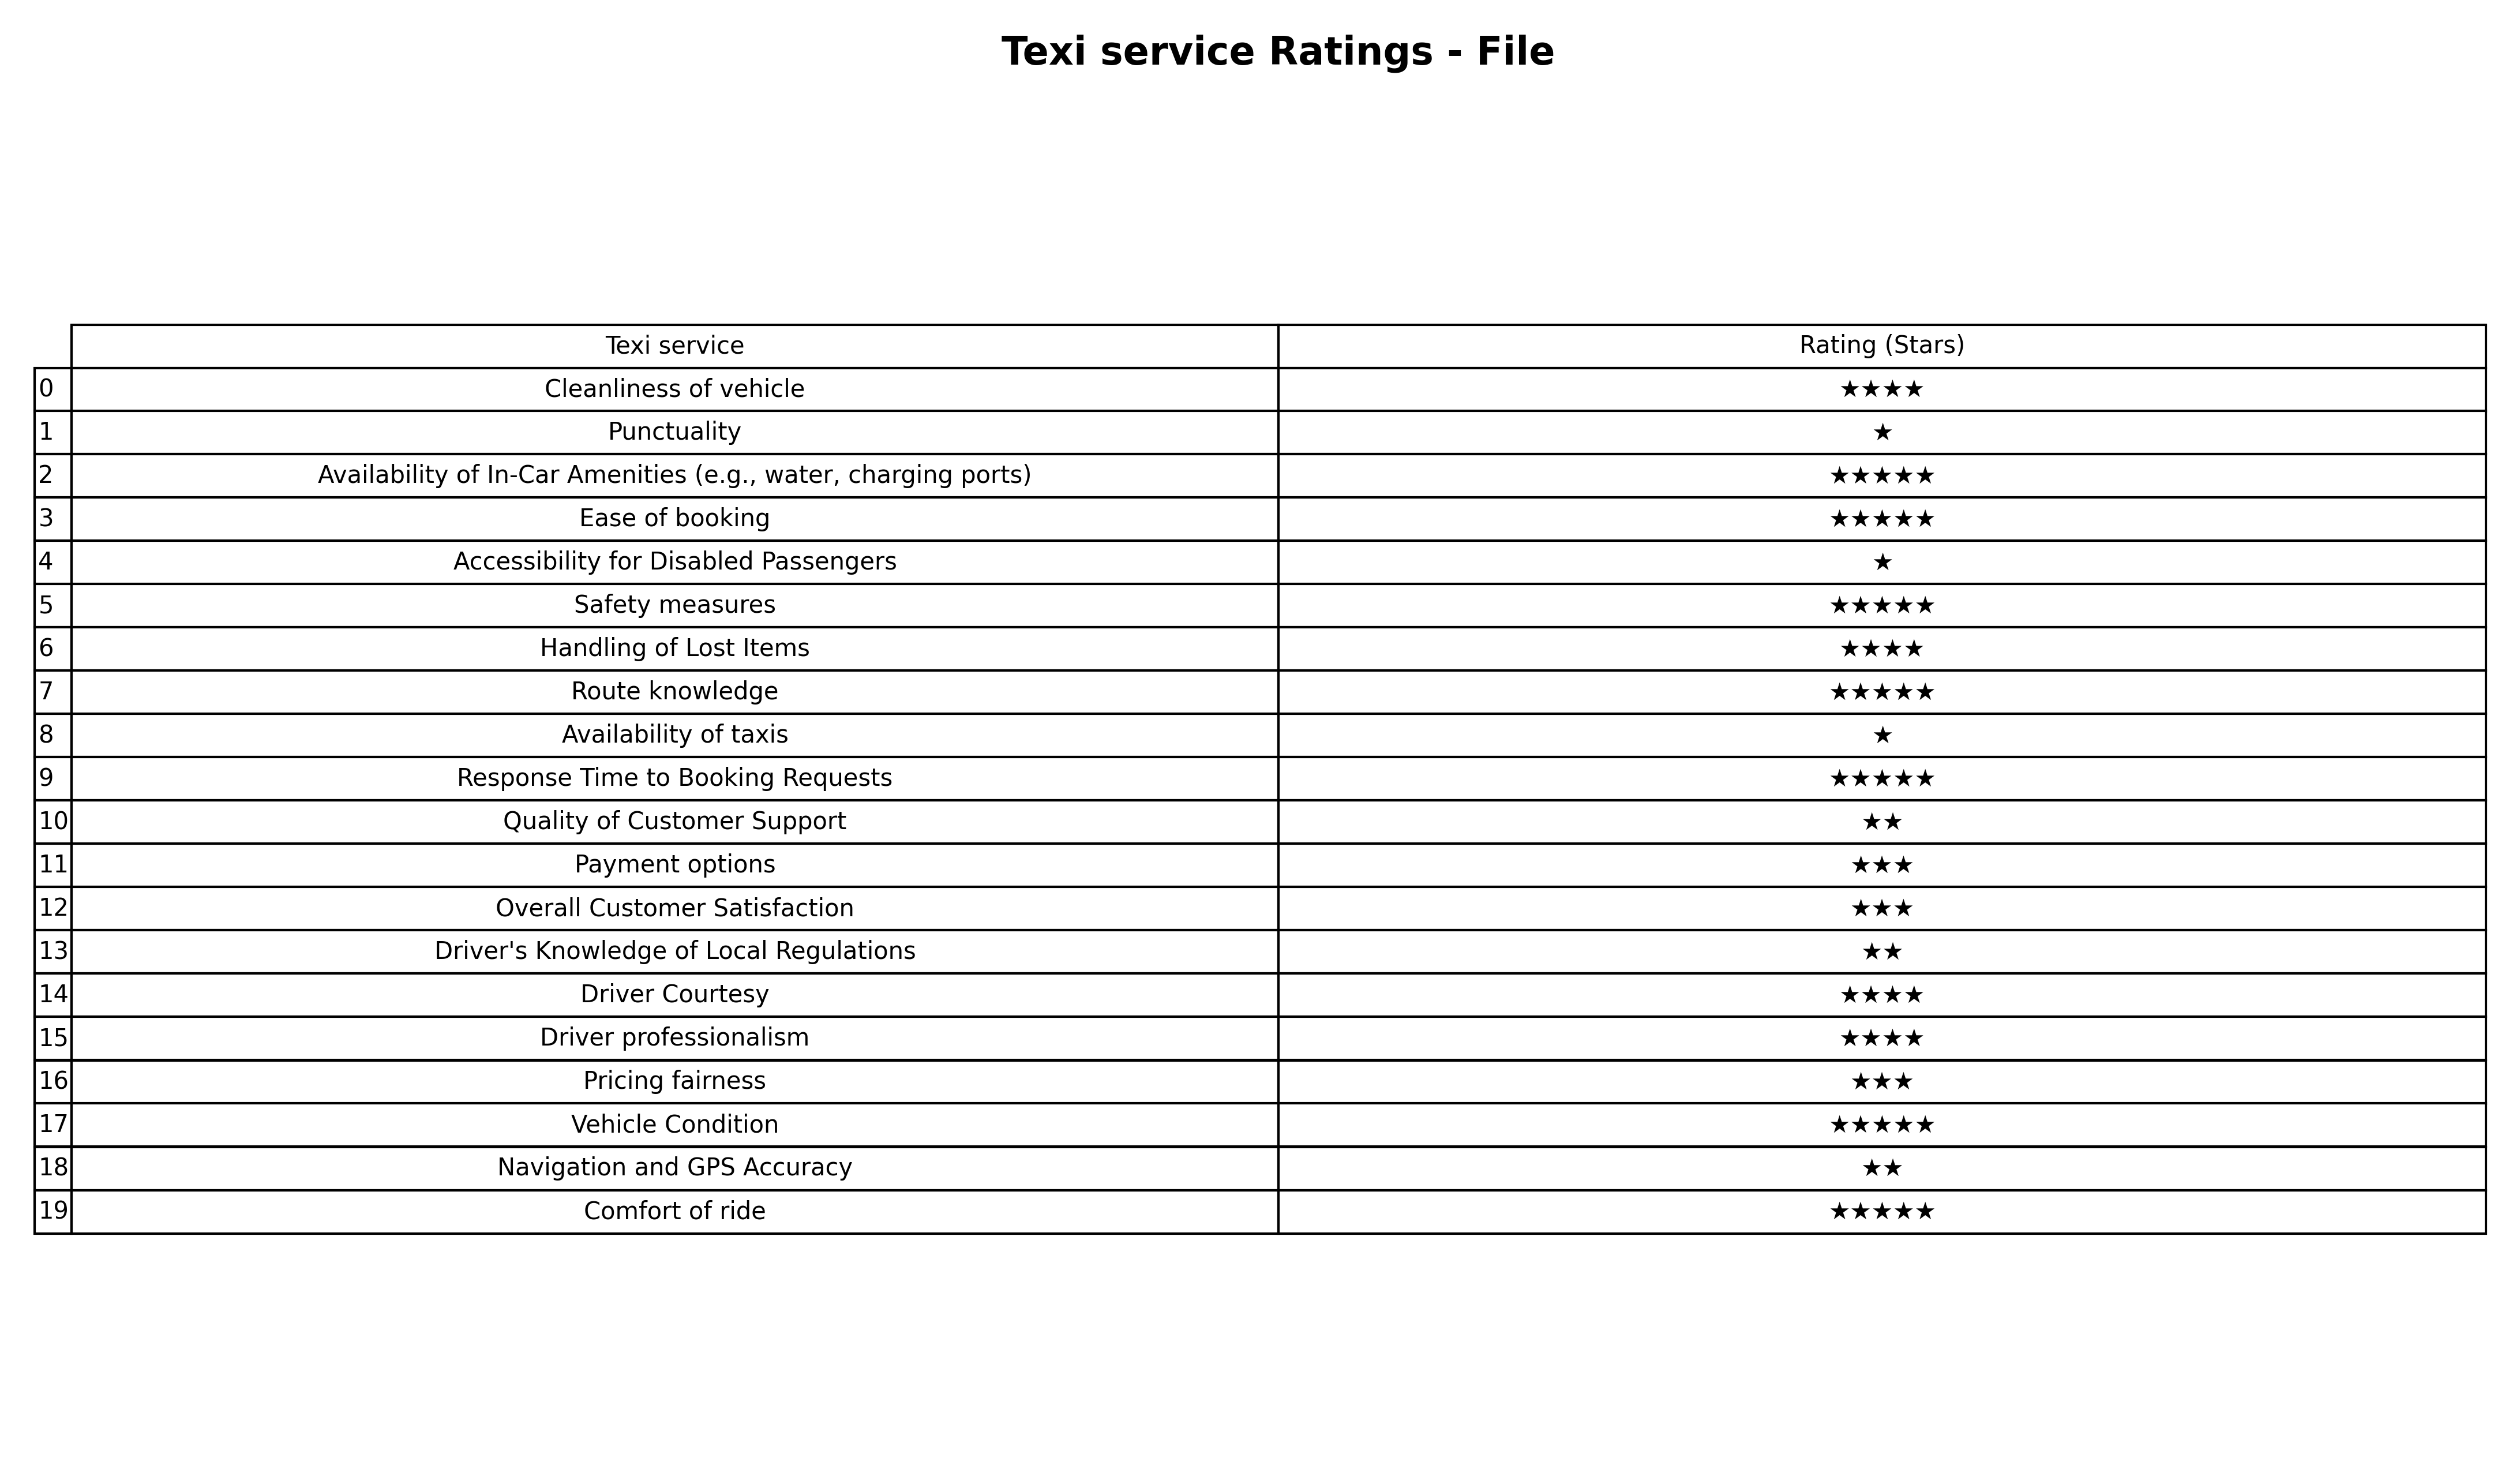
question: What is the rating of Overall Customer Satisfaction?
answer: ★★★